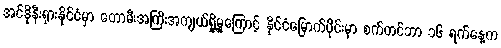
အင်ဒိုနီးရှားနိုင်ငံမှာ တောမီးအကြီးအကျယ်ရှို့မှုကြောင့် နိုင်ငံမြောက်ပိုင်းမှာ စက်တင်ဘာ ၁၆ ရက်နေ့က